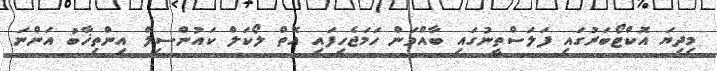
މިދިޔަ އޮޮކްޓޯބަރުގައި ފަލަސްތީނުގައި ބާއްވަން ހަމަޖެހިފައި އޮތް ލޯކަލް ކައުންސިލް އިންތިޚާބު އަންނަ